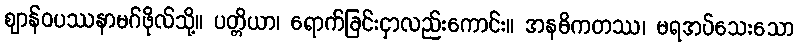
ဈာန်ဝပဿနာမဂ်ဖိုလ်သို့။ ပတ္တိယာ၊ ရောက်ခြင်းငှာလည်းကောင်း။ အနဓိကတဿ၊ မရအပ်သေးသော